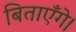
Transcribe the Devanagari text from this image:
बिताएँगे।